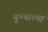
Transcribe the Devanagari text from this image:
पुण्‍यात्‍मा